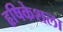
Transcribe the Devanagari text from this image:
हृषिकेशला